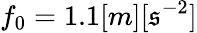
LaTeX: f_{0}=1.1[m][\mathfrak{s}^{-2}]